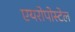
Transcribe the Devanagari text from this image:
एयरोपोस्टेल